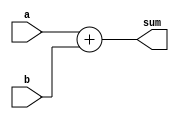
module example_module (
    input wire [3:0] a,      // 4-bit input signal a
    input wire [3:0] b,      // 4-bit input signal b
    output reg [4:0] sum     // 5-bit output signal for the sum
);

// Always block sensitive to changes in inputs a and b
always @(a or b) begin
    // Non-blocking assignment to update the output sum
    sum <= a + b;           // Calculate the sum of a and b
end

endmodule